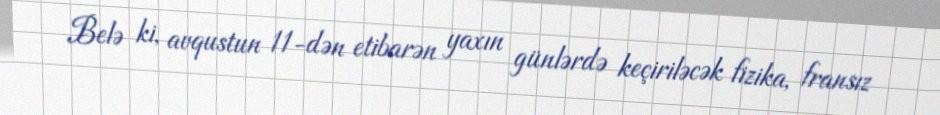
Belə ki, avqustun 11-dən etibarən yaxın günlərdə keçiriləcək fizika, fransız